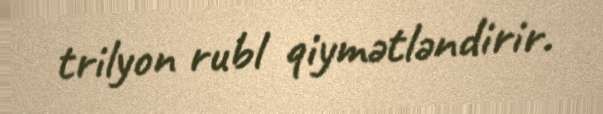
trilyon rubl qiymətləndirir.